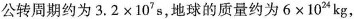
公转周期约为$$3.2\times 10^{7}s$$，地球的质量约为$$6\times 10^{24}kg$$，